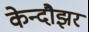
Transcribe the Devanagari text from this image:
केन्दौझर